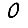
Digit: 0